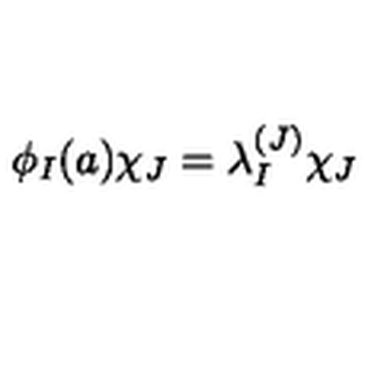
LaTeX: \phi _ { I } ( a ) \chi _ { J } = \lambda _ { I } ^ { ( J ) } \chi _ { J }